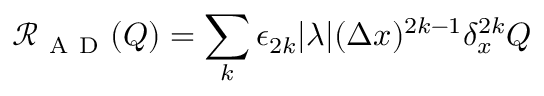
\mathcal { R } _ { \mathrm { ~ A ~ D ~ } } ( Q ) = \sum _ { k } \epsilon _ { 2 k } \lvert \lambda \rvert ( \Delta x ) ^ { 2 k - 1 } \delta _ { x } ^ { 2 k } Q